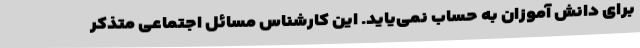
برای دانش آموزان به حساب نمی‌یاید. این کارشناس مسائل اجتماعی متذکر